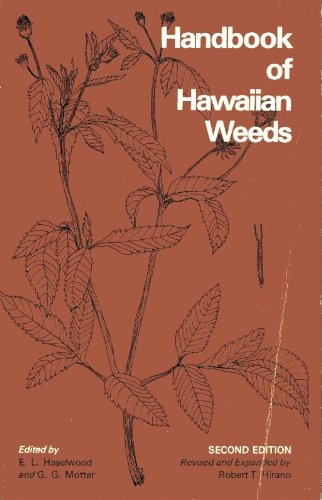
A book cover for Handbook of Hawaiian Weeds; E. L. Haselwood; Crafts, Hobbies & Home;